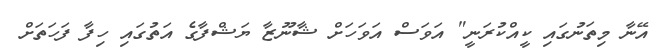
އޭނާ މިތަނުގައި ކީއްކުރަނީ" އަވަސް އަވަހަށް ޝާނޫޒާ ޔަޝްފާގެ އަތުގައި ހިފާ ފަހަތަށް